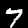
Digit: 7